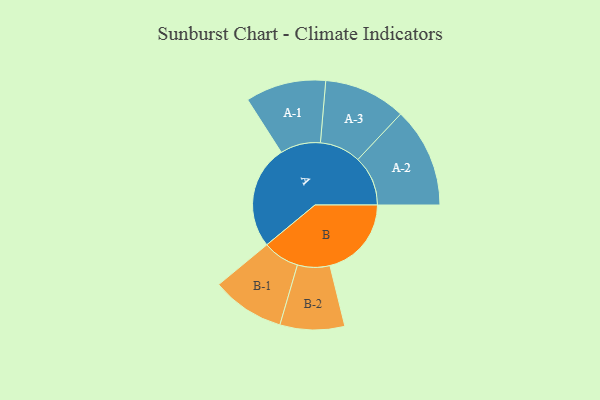
{"axis": {"x": "Segment", "y": "Value"}, "legend": ["", "A", "B"], "data": [{"x": "A", "y": 392, "type": ""}, {"x": "B", "y": 308, "type": ""}, {"x": "A-1", "y": 152, "type": "A"}, {"x": "A-2", "y": 189, "type": "A"}, {"x": "A-3", "y": 155, "type": "A"}, {"x": "B-1", "y": 138, "type": "B"}, {"x": "B-2", "y": 122, "type": "B"}]}